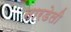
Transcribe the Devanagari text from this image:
नारडेली